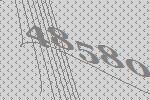
48580